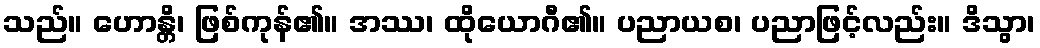
သည်။ ဟောန္တိ၊ ဖြစ်ကုန်၏။ အဿ၊ ထိုယောဂီ၏။ ပညာယစ၊ ပညာဖြင့်လည်း။ ဒိသွာ၊